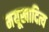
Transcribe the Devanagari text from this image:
मयूखादित्य